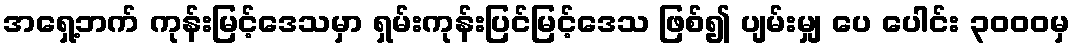
အရှေ့ဘက် ကုန်းမြင့်ဒေသမှာ ရှမ်းကုန်းပြင်မြင့်ဒေသ ဖြစ်၍ ပျမ်းမျှ ပေ ပေါင်း ၃၀၀၀မှ